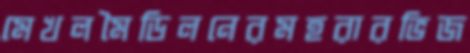
মেখলমৈডিলনেরমহরারভিজ